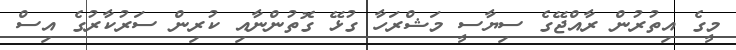
މީގެ އިތުރުން ރާއްޖޭގެ ސިޔާސީ މަޝްރަހާ ގުޅޭ ގޮތުންނާއި ކުރިން ސަރުކާރުގެ އިސް